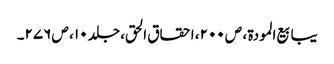
یبابیع المودۃ ، ص ۲۰۰، احقاق الحق، جلد ۱۰ ، ص ۲۷۶۔